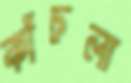
কাঁচলা